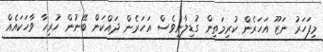
މިފަހަރު ނަޒޫ އަހަރެން ކުރިމަތިން ގުޑިލާނީވެސް އަހަރެން ދައްކަން ބޭނުން ހުރިހާ ވާހަކައެއް